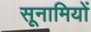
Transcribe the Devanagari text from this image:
सूनामियों